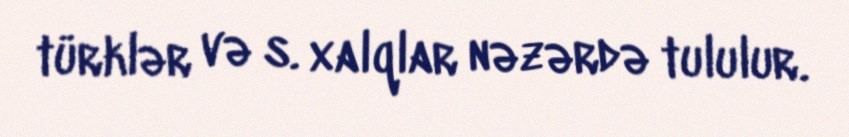
türklər və s. xalqlar nəzərdə tululur.